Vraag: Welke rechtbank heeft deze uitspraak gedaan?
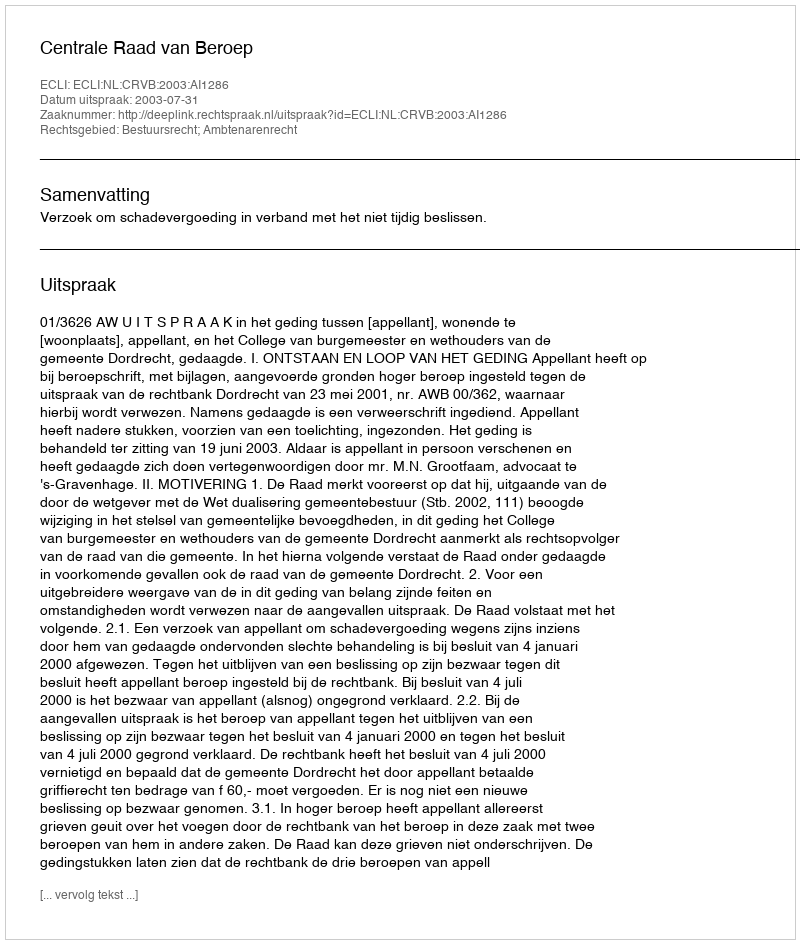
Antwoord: Centrale Raad van Beroep